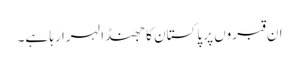
ان قبروں پر پاکستان کا جھنڈا لہرا رہا ہے۔